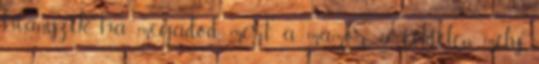
hiányzik, ha megadod, mert a mámor a féktelen, mély